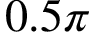
0 . 5 \pi